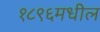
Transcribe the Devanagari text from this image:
१८९६मधील